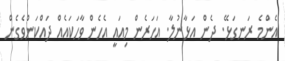
އެންމެ ރަނގަޅޭ. ދެން އަޅާނުލާ. އަހަރެން މިއައީ އެހެން ވާހަކައެއް ދައްކަންވެގެން